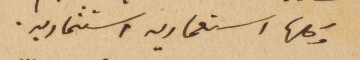
وكلها استعماريه استثماريه.